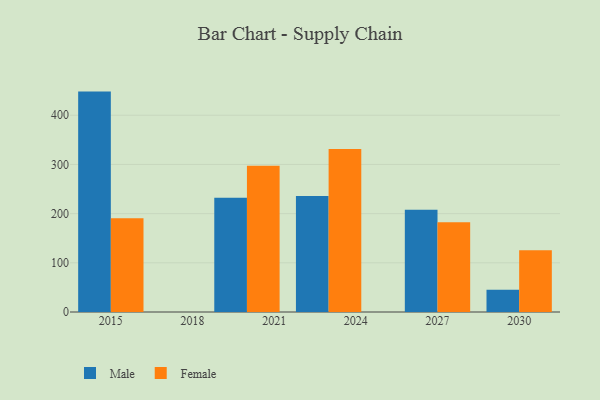
{"axis": {"x": "Year", "y": "Shipments"}, "legend": ["Female", "Male"], "data": [{"x": "2030", "y": 45.1, "type": "Male"}, {"x": "2030", "y": 125.3, "type": "Female"}, {"x": "2020", "y": 232.3, "type": "Male"}, {"x": "2020", "y": 297.4, "type": "Female"}, {"x": "2023", "y": 235.9, "type": "Male"}, {"x": "2023", "y": 331.6, "type": "Female"}, {"x": "2027", "y": 207.8, "type": "Male"}, {"x": "2027", "y": 182.4, "type": "Female"}, {"x": "2015", "y": 448.1, "type": "Male"}, {"x": "2015", "y": 190.4, "type": "Female"}]}